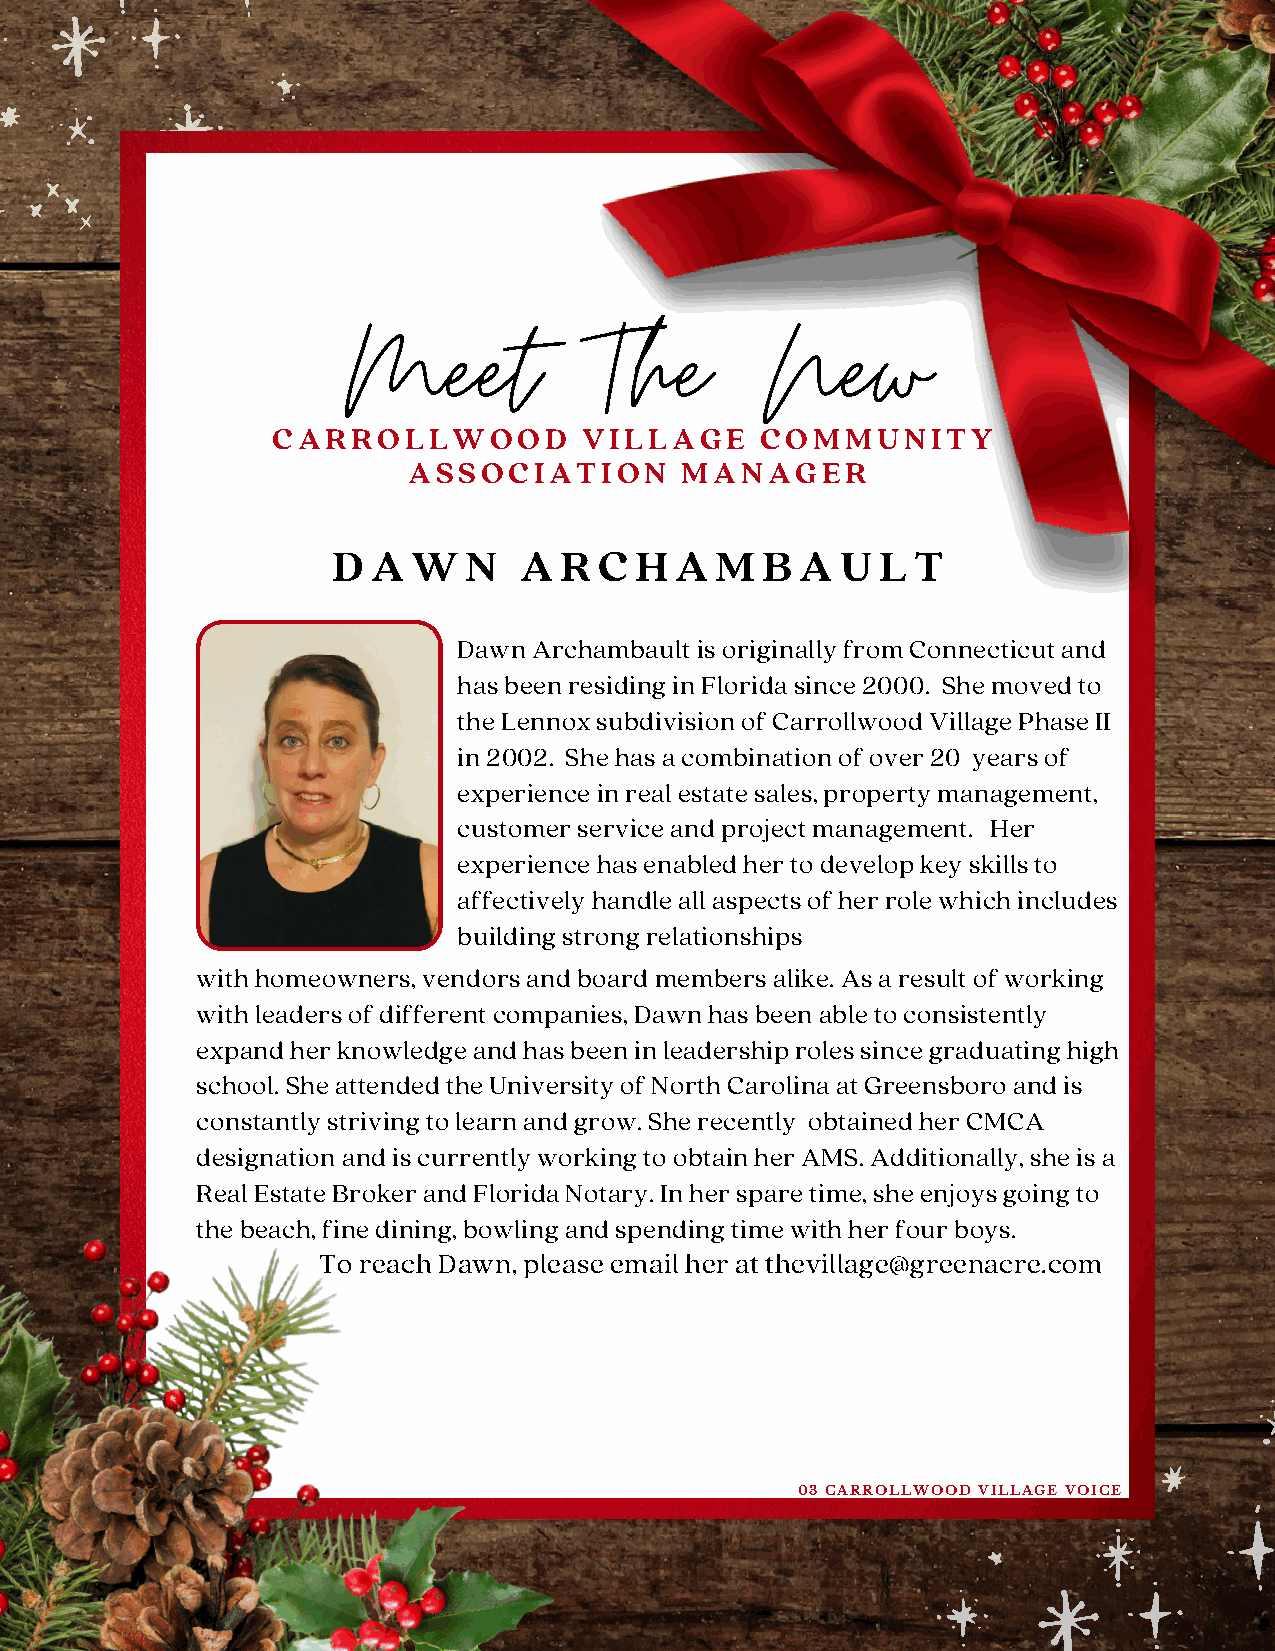
Meet            The        New
 CARROLLWOOD          VILLAGE    COMMUNITY
 ASSOCIATION       MANAGER
 D  A W   N  A  R  C H  A M  B  A  U L T
 Dawn Archambault is originally from Connecticut and
 has been residing in Florida since 2000. She moved to
 the Lennox subdivision of Carrollwood Village Phase II
 in 2002. She has a combination of over 20-years of
 experience in real estate sales, property management,
 customer service and project management. Her
 experience has enabled her to develop key skills to
 affectively handle all aspects of her role which includes
 building strong relationships
 with homeowners, vendors and board members alike. As a result of working
 with leaders of different companies, Dawn has been able to consistently
 expand her knowledge and has been in leadership roles since graduating high
 school. She attended the University of North Carolina at Greensboro and is
 constantly striving to learn and grow. She recently obtained her CMCA
 designation and is currently working to obtain her AMS. Additionally, she is a
 Real Estate Broker and Florida Notary. In her spare time, she enjoys going to
 the beach, fine dining, bowling and spending time with her four boys.
 To reach Dawn, please email her at thevillage@greenacre.com
 03 CARROLLWOOD VILLAGE VOICE